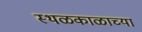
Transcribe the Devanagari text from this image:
स्थळकाळाच्या